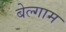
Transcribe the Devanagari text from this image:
बेल्गाम